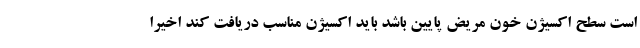
است سطح اکسیژن خون مریض پایین باشد باید اکسیژن مناسب دریافت کند اخیراً